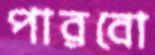
পারবো